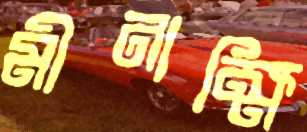
মীনাক্ষি